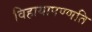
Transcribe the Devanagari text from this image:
विहायापण्णति